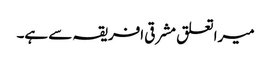
میرا تعلق مشرقی افریقہ سے ہے۔